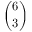
\binom { 6 } { 3 }